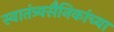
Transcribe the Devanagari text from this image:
स्वातंत्र्यसैनिकांच्या